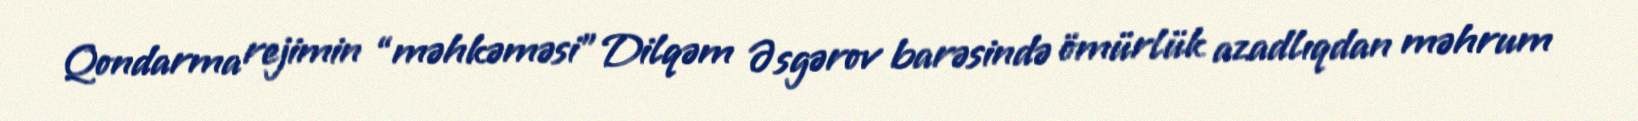
Qondarma rejimin “məhkəməsi” Dilqəm Əsgərov barəsində ömürlük azadlıqdan məhrum